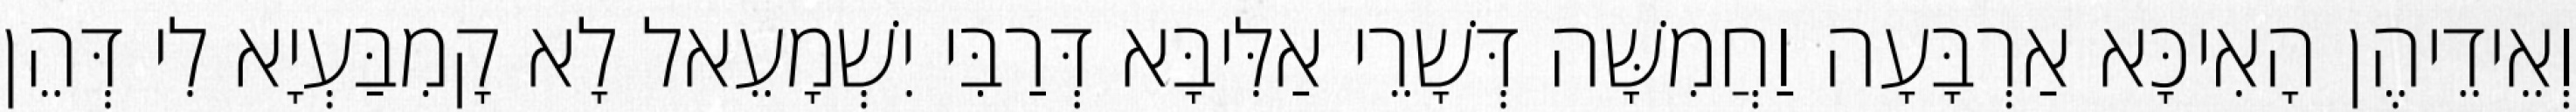
וְאֵידֵיהֶן הָאִיכָּא אַרְבָּעָה וַחֲמִשָּׁה דְּשָׁרֵי אַלִּיבָּא דְּרַבִּי יִשְׁמָעֵאל לָא קָמִבַּעְיָא לִי דְּהֵן